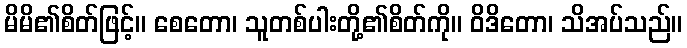
မိမိ၏စိတ်ဖြင့်။ စေတော၊ သူတစ်ပါးတို့၏စိတ်ကို။ ဝိဒိတော၊ သိအပ်သည်။